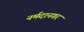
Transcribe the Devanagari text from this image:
नर्मदानगर